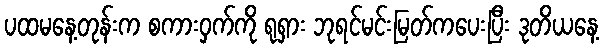
ပထမနေ့တုန်းက စကားဝှက်ကို ရုရှား ဘုရင်မင်းမြတ်ကပေးပြီး ဒုတိယနေ့